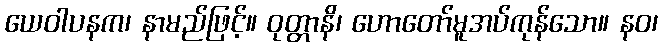
ယေဝါပနက၊ နာမည်ဖြင့်။ ဝုတ္တာနိ၊ ဟောတော်မူအပ်ကုန်သော။ နဝ၊